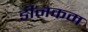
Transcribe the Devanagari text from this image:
डीनकम